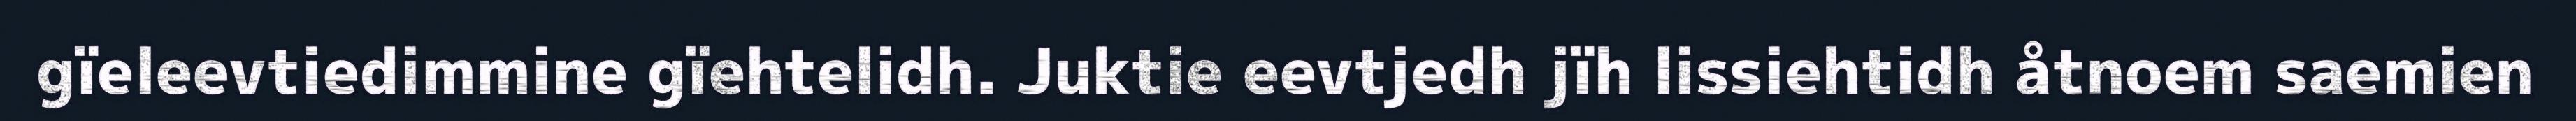
gïeleevtiedimmine gïehtelidh. Juktie eevtjedh jïh lissiehtidh åtnoem saemien